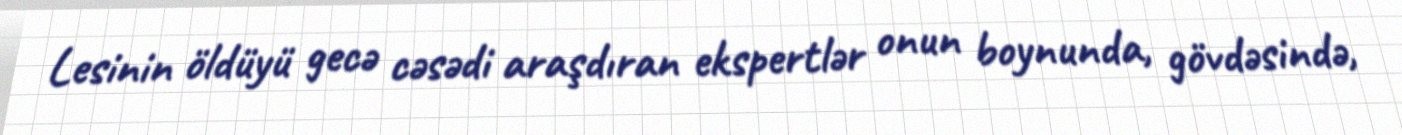
Lesinin öldüyü gecə cəsədi araşdıran ekspertlər onun boynunda, gövdəsində,